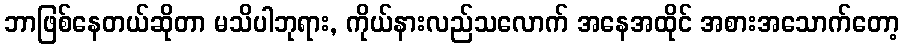
ဘာဖြစ်နေတယ်ဆိုတာ မသိပါဘုရား, ကိုယ်နားလည်သလောက် အနေအထိုင် အစားအသောက်တော့